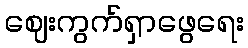
ဈေးကွက်ရှာဖွေရေး